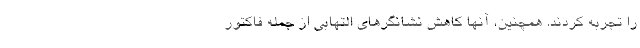
را تجربه کردند. همچنین، آنها کاهش نشانگرهای التهابی از جمله فاکتور